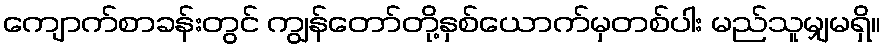
ကျောက်စာခန်းတွင် ကျွန်တော်တို့နှစ်ယောက်မှတစ်ပါး မည်သူမျှမရှိ။